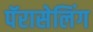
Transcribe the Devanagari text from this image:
पॅरासेलिंग